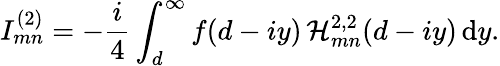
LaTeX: I_{mn}^{(2)}=-\frac{i}{4}\int_{d}^{\infty}f(d-iy)\, \mathcal{H}_{mn}^{2,2}(d-iy)\, \textrm{d}y.